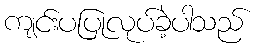
ကျင်းပပြုလုပ်ခဲ့ပါသည်